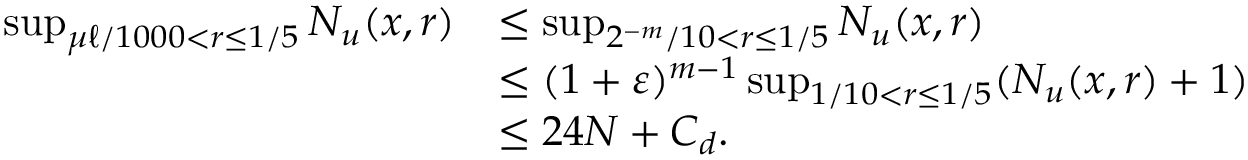
\begin{array} { r l } { \operatorname* { s u p } _ { \mu \ell / 1 0 0 0 < r \le 1 / 5 } N _ { u } ( x , r ) } & { \le \operatorname* { s u p } _ { 2 ^ { - m } / 1 0 < r \le 1 / 5 } N _ { u } ( x , r ) } \\ & { \le ( 1 + \varepsilon ) ^ { m - 1 } \operatorname* { s u p } _ { 1 / 1 0 < r \le 1 / 5 } ( N _ { u } ( x , r ) + 1 ) } \\ & { \le 2 4 N + C _ { d } . } \end{array}